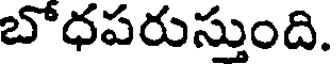
బోధపరుస్తుంది.